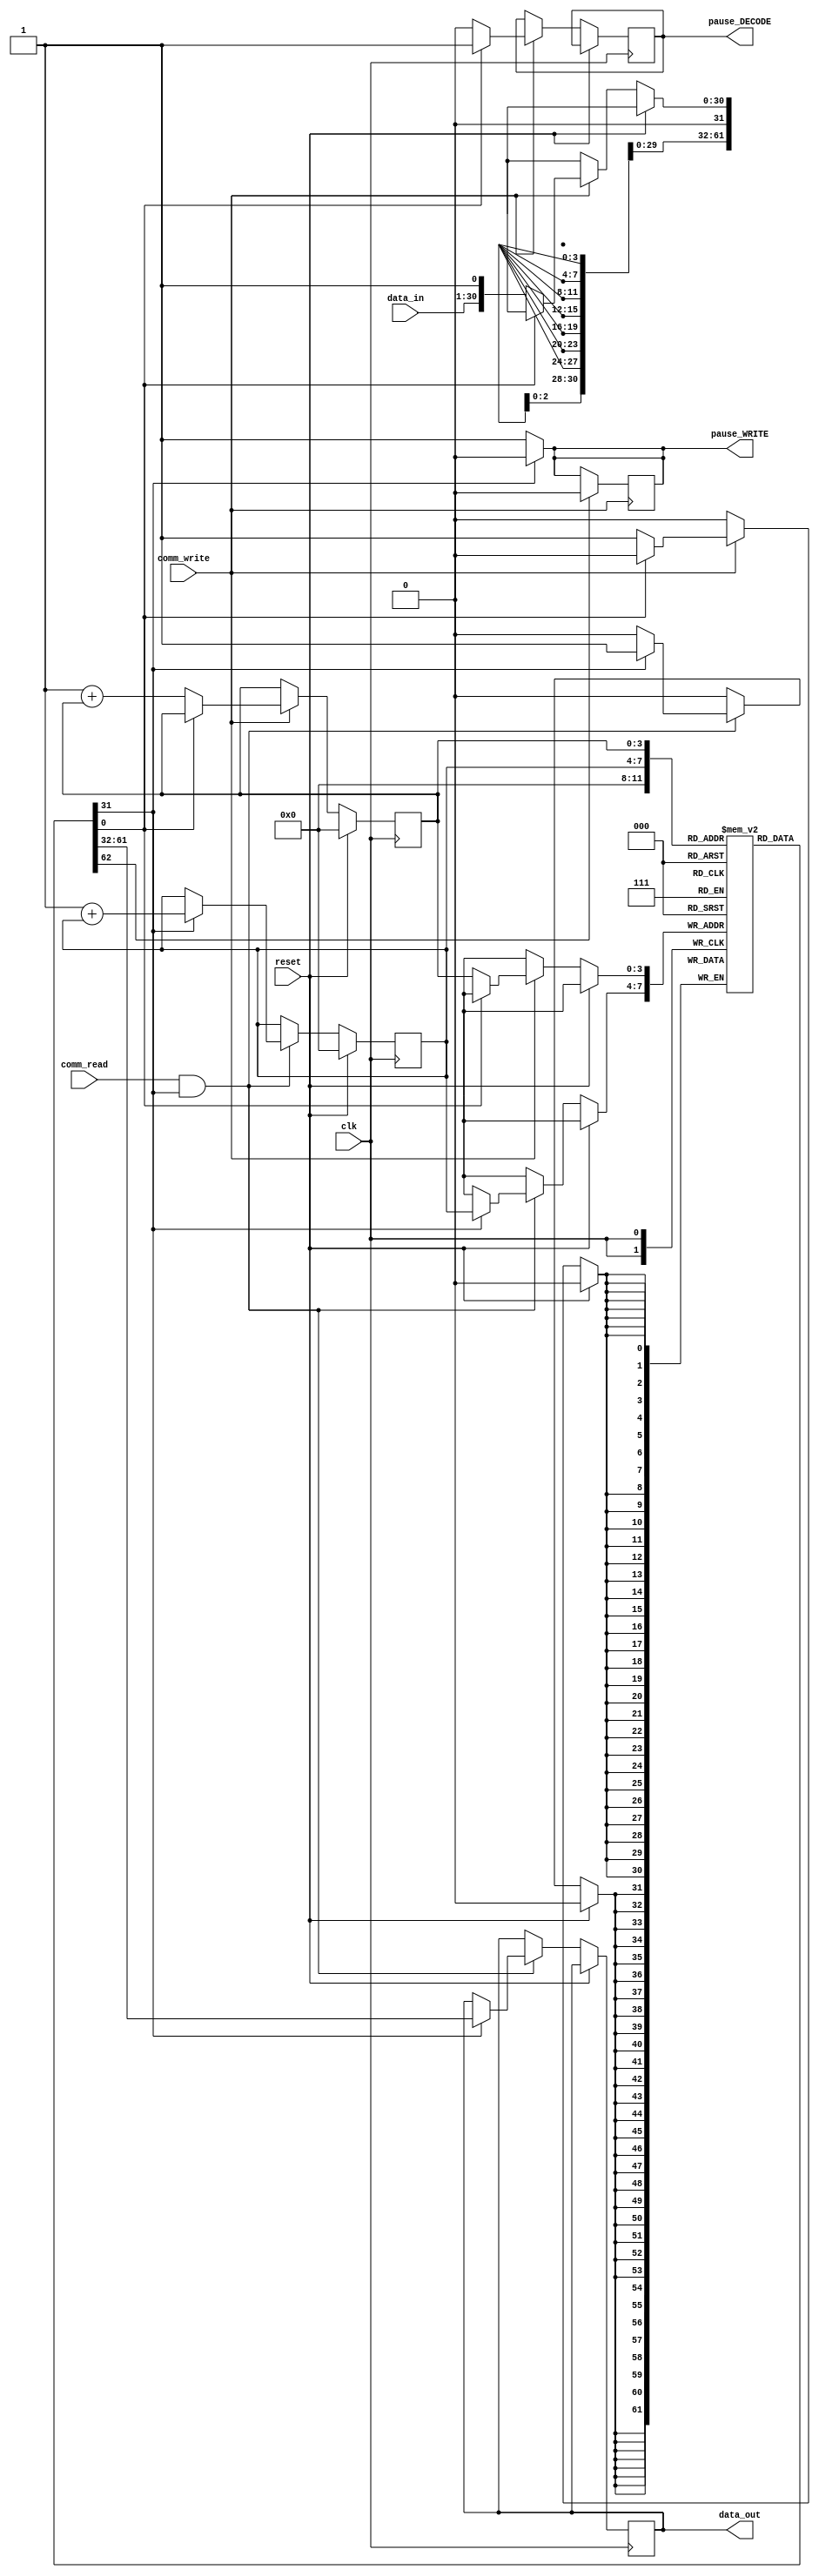
module commands_ram #(
    parameter DATA_W = 14 + 12 + 4, 
    parameter REGS = 16
) (
    input clk, reset,
    input [DATA_W-1:0] data_in,
    input comm_write,
    input comm_read,

    output reg [DATA_W-1:0] data_out,
    output reg pause_DECODE,
    output reg pause_WRITE
);
    /*
        DAO(data addr opcode) :
        data format {14 bits of data, 12'b of addr, 4'b of ocode },{0/1 byte of sign}
        the sign 1 means that data needed send to DECODE 
        0 means that data needed repair new one.
    */
    reg [DATA_W:0] DAO [0:REGS-1]; 
    reg [3:0] to_write_command;
    reg [3:0] to_read_command; 

    `define data_len 30
    `define x30 xxxxxxxxxxxxxxxxxxxxxxxxxxxxxx
	integer i;
    initial begin
		pause_WRITE <= 1;
		pause_DECODE <= 0;
        for(i = 0; i<REGS; i = i + 1) begin
            DAO[i] = {30'b`x30, 1'b0};
        end
    end
    
 
    always @(negedge comm_write) begin
        if (DAO[0][0]== 1'b1) begin
            pause_WRITE <= 0;
        end 
    end
    /* {data:0/1} 
        1: means data writed;
        0: means data readed(or hasn't been writed yet);
    */

    always @(*) begin
        if (DAO[to_read_command][0]== 1'b0) begin
            pause_WRITE <= 1;
        end else begin
            pause_WRITE <= 0;
        end
    end

    always @(negedge clk) begin
        if(reset) begin
            to_write_command <= 4'd0;
            to_read_command <= 4'd0;
        end else begin
            if(comm_write) begin
                if(DAO[to_write_command][0] == 1'b0) begin
                    pause_DECODE <= 1'b0;
                    DAO[to_write_command] <= {data_in, 1'b1};
                    to_write_command <= 1 + to_write_command;
                end else begin
                    pause_DECODE <= 1'b1;
                end
            end
            if(comm_read == 1'b1 && pause_WRITE == 0) begin
                if(DAO[to_read_command][0] == 1'b1)begin
                    data_out <= {DAO[to_read_command][DATA_W:1]}; 
                    DAO[to_read_command]   <= {30'b`x30, 1'b0};
                    to_read_command <= 1 + to_read_command; 
                end
            end
        end
    end
endmodule